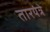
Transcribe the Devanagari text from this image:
तारयंत्रे